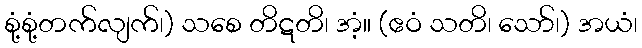
စုံ့စုံ့တက်လျက်၊) သစေ တိဋတိ၊ အံ့။ (ဧဝံ သတိ၊ သော်၊) အယံ၊